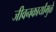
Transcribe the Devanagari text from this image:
जीवनकार्यांमुळे